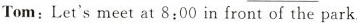
Tom:Let'smeet at 8:00 in front of the park.